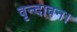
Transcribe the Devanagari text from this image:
वृन्दावन।